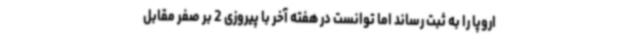
اروپا را به ثبت رساند اما توانست در هفته آخر با پیروزی 2 بر صفر مقابل